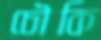
চৌকি